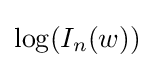
\log(I_{n}(w))